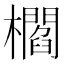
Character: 櫩